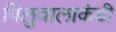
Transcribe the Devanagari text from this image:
पिलुवालाकंडी